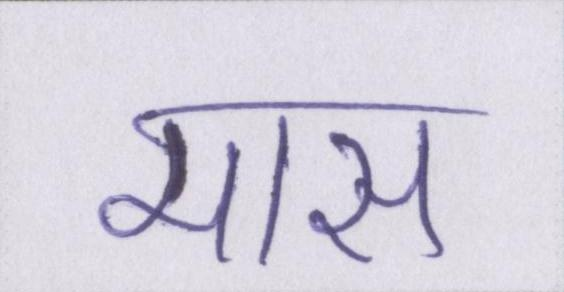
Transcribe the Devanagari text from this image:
मास